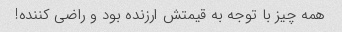
همه چیز با توجه به قیمتش ارزنده بود و راضی کننده!